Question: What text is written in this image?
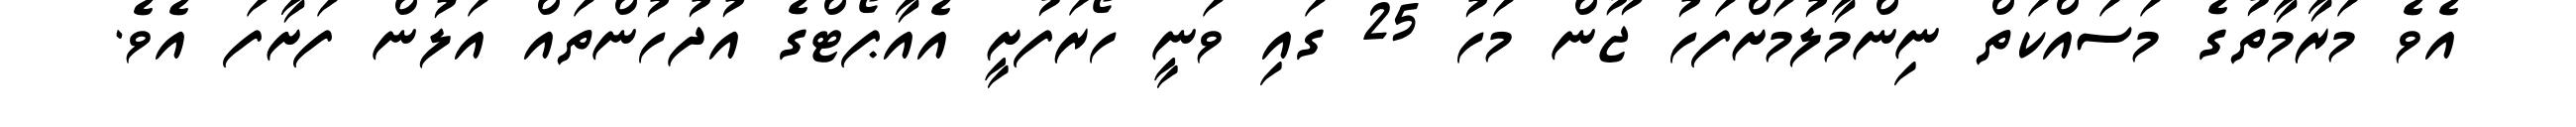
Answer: އެވެ މަރާމާތުގެ މަސައްކަތް ނިންމާލުމަށްފަހު ޖޫން މަހު 25 ގައި ވަނީ ހޯރަފުށީ އެއާޕޯޓްގެ އުދުހުންތައް އަލުން ފަށާފަ އެވެ.